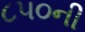
૮૫૦ની